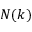
N ( k )